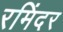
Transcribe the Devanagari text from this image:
रमिंदर